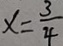
x = \frac { 3 } { 4 }